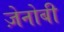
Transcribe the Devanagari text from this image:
ज़ेनोबी